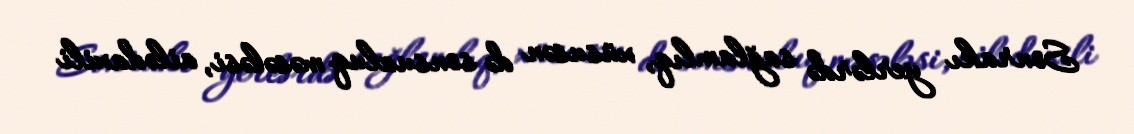
Sonrakı yerlərdə sağlamlıq, xüsusən də sonsuzluq məsələsi, ailədaxili